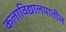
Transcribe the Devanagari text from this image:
कलाविद्यालयातील